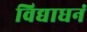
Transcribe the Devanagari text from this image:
विद्याधनं